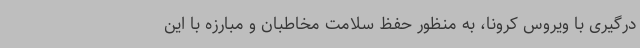
درگیری با ویروس کرونا، به منظور حفظ سلامت مخاطبان و مبارزه با این